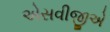
એસવીજીએ